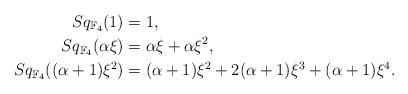
LaTeX: \begin{align*}Sq_{\mathbb{F}_4}(1) &= 1, \\Sq_{\mathbb{F}_4}(\alpha \xi) &= \alpha \xi + \alpha \xi^2,\\Sq_{\mathbb{F}_4}((\alpha + 1)\xi^2) &= (\alpha + 1)\xi^2 + 2(\alpha + 1)\xi^3 + (\alpha + 1)\xi^4.\end{align*}